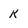
Character: K